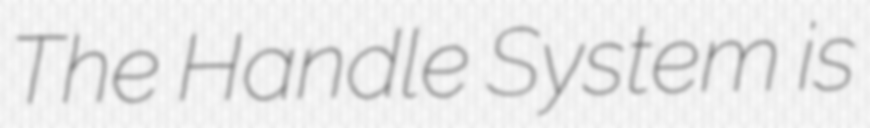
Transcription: The Handle System is